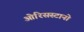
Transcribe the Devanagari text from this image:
ओरिसस्टानो